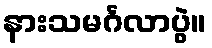
နားသမင်္ဂလာပွဲ။